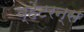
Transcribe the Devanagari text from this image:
व्हेटरन्स